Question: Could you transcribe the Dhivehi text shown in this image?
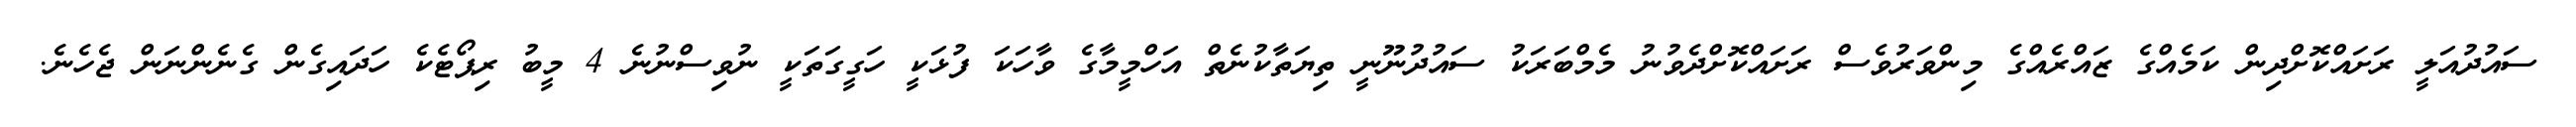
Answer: ސައުދުއަލީ ރަށައްކޮށްދިން ކަމެއްގެ ޒައްރެއްގެ މިންވަރުވެސް ރަށައްކޮށްދެވުނު މެމްބަރަކު ސައުދުނޫނީ ތިޔަތާކުނެތް އަހްމީމާގެ ވާހަކަ ފުޅަކީ ހަގީގަތަކީ ނުވިސްނުނެ 4 މީބު ރިޕޯޓެކެ ހަދައިގެން ގެނެންނަން ޖެހެނެ.